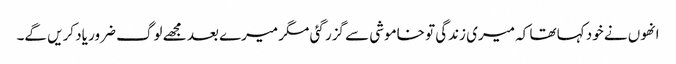
انھوں نے خود کہا تھا کہ میری زندگی تو خاموشی سے گزر گئی مگر میرے بعد مجھے لوگ ضرور یاد کریں گے۔